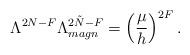
LaTeX: \begin{align*}\Lambda^{2N-F} \Lambda_{magn}^{2\tilde{N}-F} = \left( \frac{\mu}{h} \right)^{2F}.\end{align*}